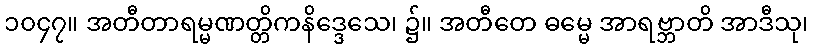
၁၀၄၇။ အတီတာရမ္မဏတ္တိကနိဒ္ဒေသေ၊ ၌။ အတီတေ ဓမ္မေ အာရဗ္ဘာတိ အာဒီသု၊